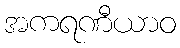
အကရဏီယာဝ